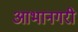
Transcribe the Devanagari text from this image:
आभानगरी